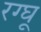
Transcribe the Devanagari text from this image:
रग्घू